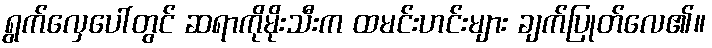
ရွက်လှေပေါ်တွင် ဆရာကိုမိုးသီးက ထမင်းဟင်းများ ချက်ပြုတ်လေ၏။